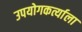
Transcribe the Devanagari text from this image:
उपयोगकर्त्याला